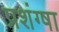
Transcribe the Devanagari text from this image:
प्रशंग्षा